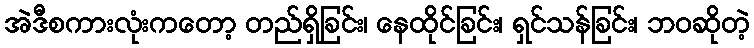
အဲဒီစကားလုံးကတော့ တည်ရှိခြင်း၊ နေထိုင်ခြင်း၊ ရှင်သန်ခြင်း၊ ဘဝဆိုတဲ့